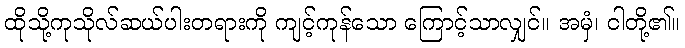
ထိုသို့ကုသိုလ်ဆယ်ပါးတရားကို ကျင့်ကုန်သော ကြောင့်သာလျှင်။ အမှံ၊ ငါတို့၏။